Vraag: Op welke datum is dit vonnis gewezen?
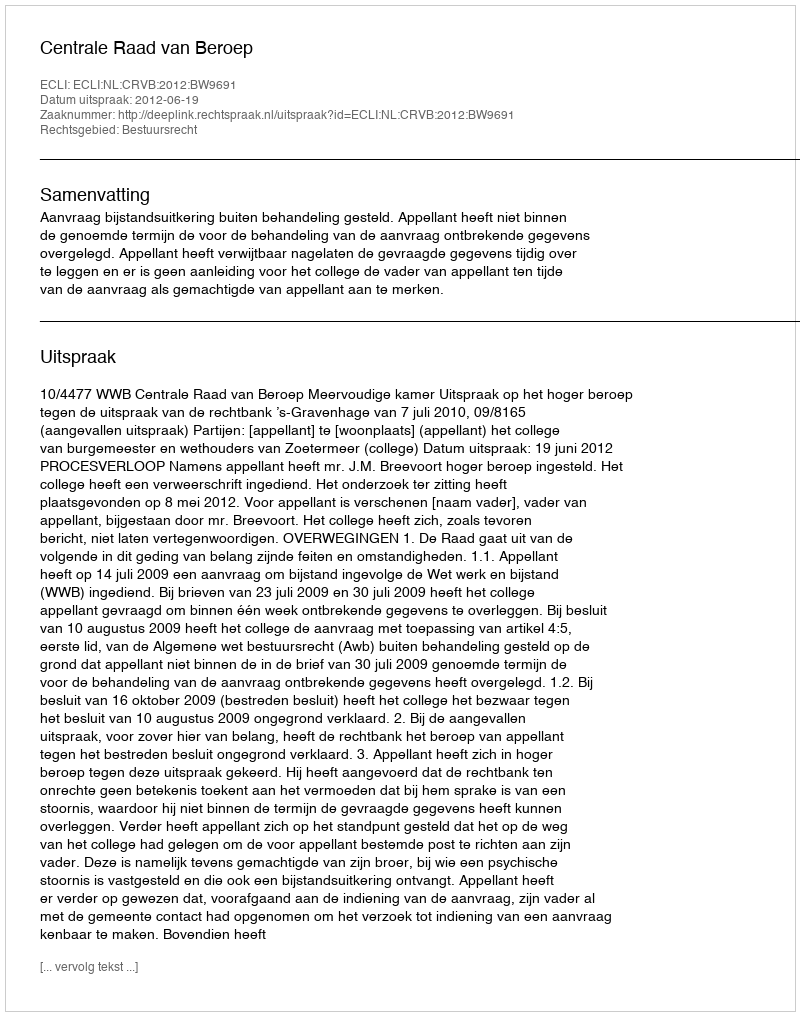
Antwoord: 2012-06-19